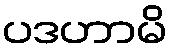
ပဒဟာမိ